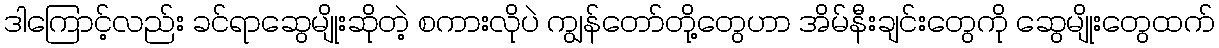
ဒါကြောင့်လည်း ခင်ရာဆွေမျိုးဆိုတဲ့ စကားလိုပဲ ကျွန်တော်တို့တွေဟာ အိမ်နီးချင်းတွေကို ဆွေမျိုးတွေထက်